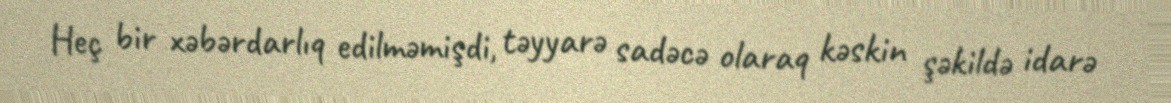
Heç bir xəbərdarlıq edilməmişdi, təyyarə sadəcə olaraq kəskin şəkildə idarə